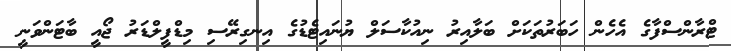
ޓްރާންސްފާގެ އެހެން ހަބަރުތަކަށް ބަލާއިރު ނިއުކާސަލް ޔުނައިޓެޑުގެ އިނގިރޭސި މިޑްފީލްޑަރު ޖޯއީ ބާޓަންވަނީ